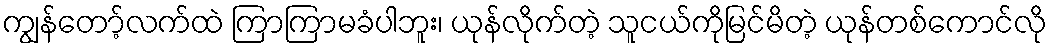
ကျွန်တော့်လက်ထဲ ကြာကြာမခံပါဘူး၊ ယုန်လိုက်တဲ့ သူငယ်ကိုမြင်မိတဲ့ ယုန်တစ်ကောင်လို